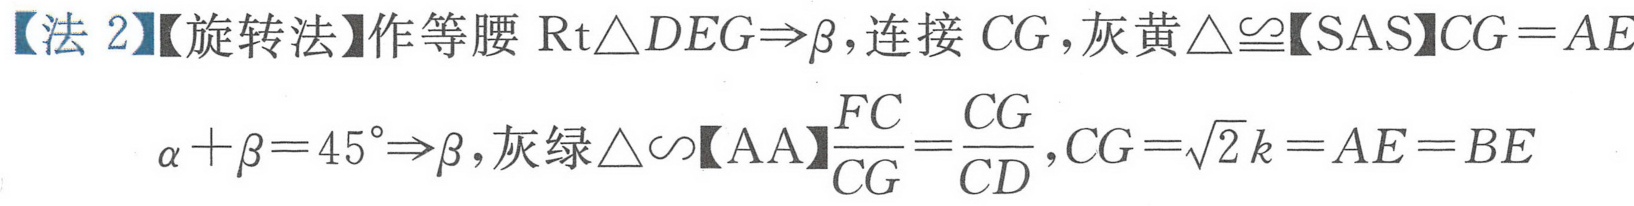
【法 2】【旋转法】作等腰$\mathrm{Rt}\triangle DEG\Rightarrow\beta$,连接$CG$,灰黄$\triangle\cong$【SAS】$CG = AE$
$\alpha+\beta = 45^{\circ}\Rightarrow\beta$,灰绿$\triangle\sim$【AA】$\frac{FC}{CG}=\frac{CG}{CD}$,$CG=\sqrt{2}k = AE = BE$